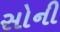
સોની